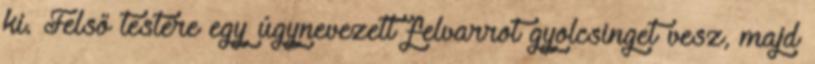
ki. Felső testére egy úgynevezett felvarrot gyolcsinget vesz, majd